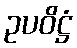
ဥပဝိဋ္ဌံ